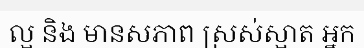
ល្អ និង មានសភាព ស្រស់ស្អាត អ្នក